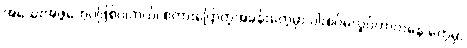
အသေးအဖွဲတွေပဲဖြစ်ပါတယ်၊ စကားပြောတဲ့အခန်းတွေမှာ ပါးစပ်မလှုပ်တာကနေ တွေမှာ